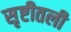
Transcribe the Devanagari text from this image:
सृष्टीतली